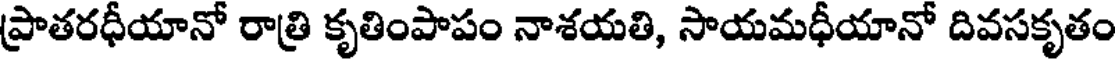
ప్రాతరధీయానో రాత్రి కృతింపాపం నాశయతి, సాయమధీయానో దివసకృతం